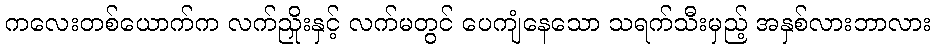
ကလေးတစ်ယောက်က လက်ညှိုးနှင့် လက်မတွင် ပေကျံနေသော သရက်သီးမှည့် အနှစ်လားဘာလား